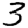
Digit: 3